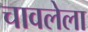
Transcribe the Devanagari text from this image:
चावलेला